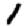
Digit: 1